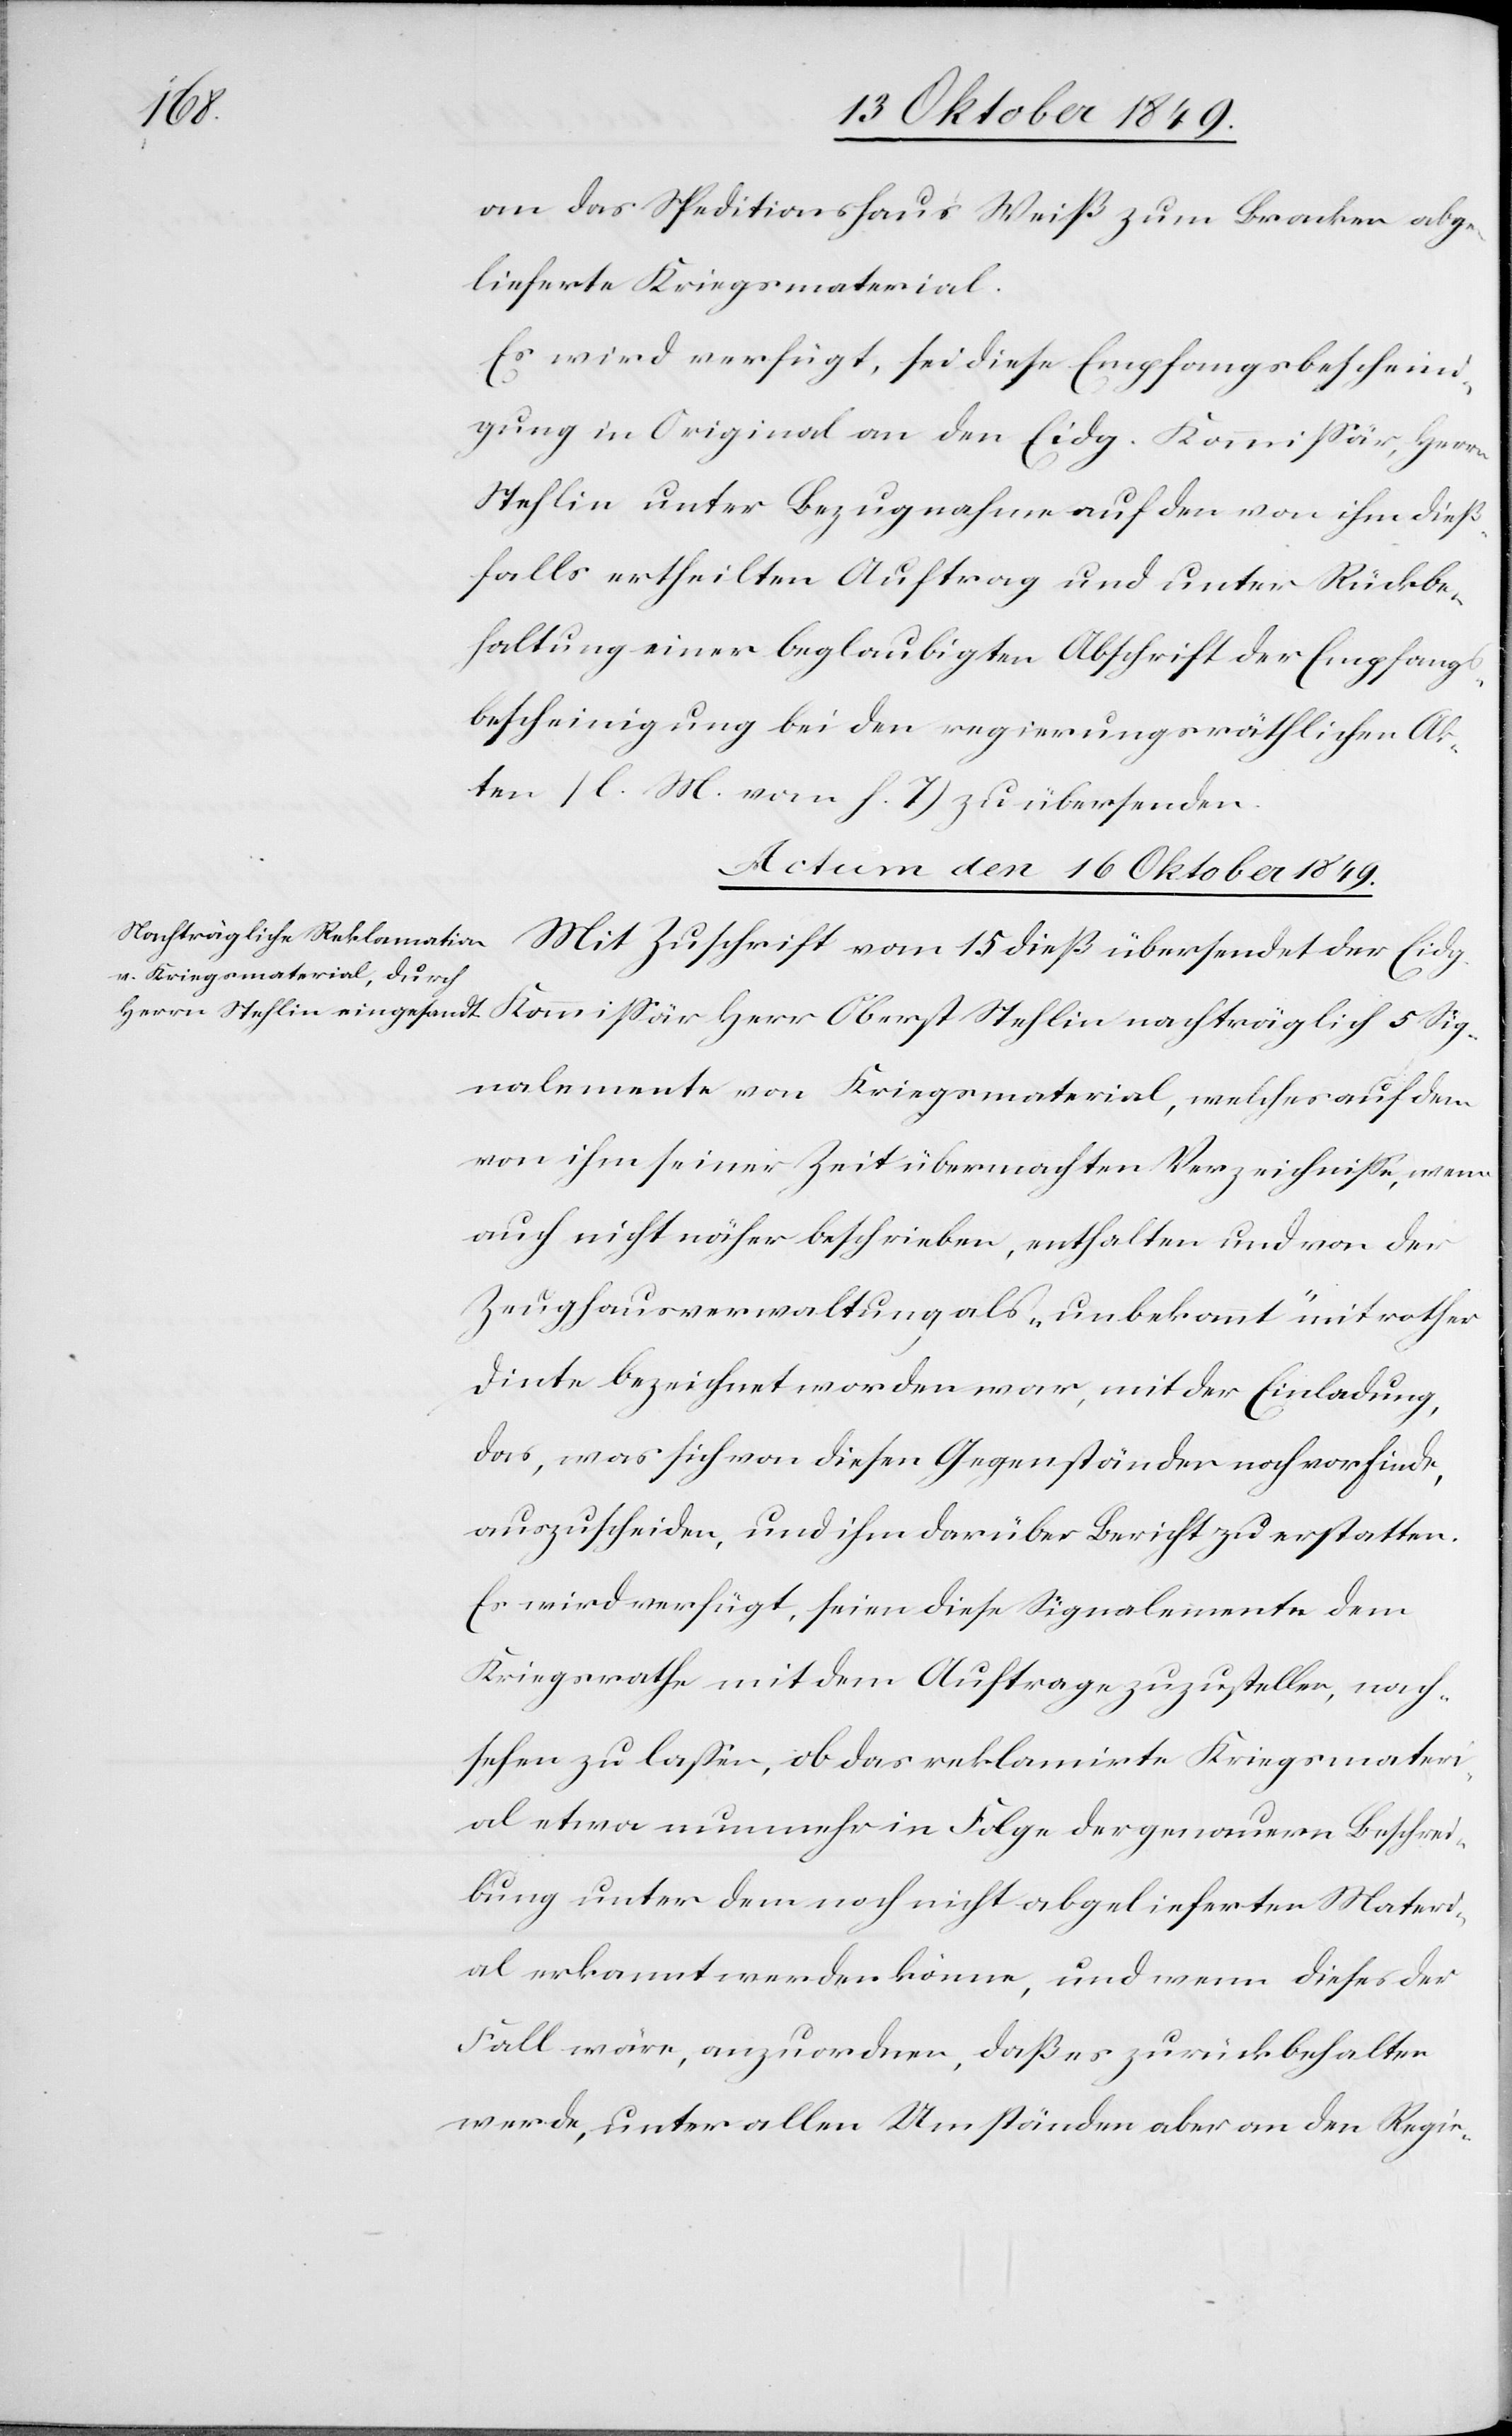
5 Sig¬
an das Speditionshaus Weiß zum Bracken abge¬
lieferte Kriegsmaterial.
Es wird verfügt, sei diese Empfangsbescheini¬
gung im Original an den Eidg. Kommißär, Herrn
Stehlin unter Bezugnahme auf den von ihm dieß¬
falls ertheilten Auftrag und unter Rückbe¬
haltung einer beglaubigten Abschrift der Empfangs¬
bescheinigung bei den regierungsräthlichen Ak¬
ten [l. M. vom. h. T] zu übersenden.
Actum den 16 Oktober 1849.
Mit Zuschrift vom 15 dieß übersendet der Eidg.
nalemente von Kriegsmaterial, welches auf dem
von ihm seiner Zeit übermachten Verzeichniße, wenn
auch nicht näher beschrieben, enthalten und von der
Zeughausverwaltung als „unbekannt“ mit rother
Tinte bezeichnet worden war, mit der Einladung,
das, was sich von diesen Gegenständen noch vorfinde,
auszuscheiden, und ihm darüber Bericht zu erstatten.
Es wird verfügt, seien diese Signalemente dem
Kriegsrathe mit dem Auftrage zuzustellen, nach¬
sehen zu laßen, ob das reklamirte Kriegsmateri¬
al etwa nunmehr in Folge der genauern Beschrei¬
bung unter dem noch nicht abgelieferten Materi¬
al erkannt werden könne, und wenn dieses der
Fall wäre, anzuordnen, daß es zurückbehalten
werde, unter allen Umständen aber an den Regie-